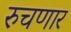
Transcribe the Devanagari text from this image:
रुचणार